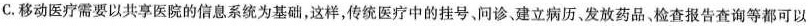
C.移动医疗需要以共享医院的信息系统为基础，这样，传统医疗中的挂号、问诊。建立病历、发放药品，查报告查询等都可以